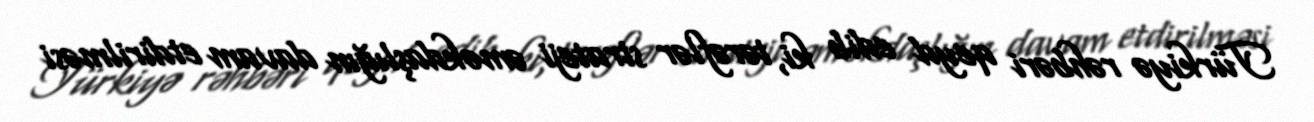
Türkiyə rəhbəri qeyd edib ki, tərəflər strateji əməkdaşlığın davam etdirilməsi